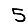
Digit: 5